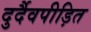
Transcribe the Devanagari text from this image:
दुर्दैवपीड़ित